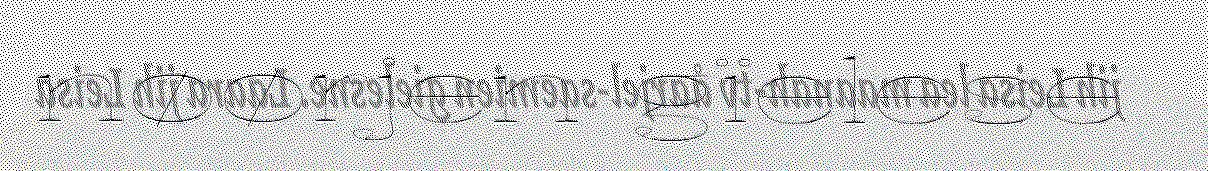
nøørjen gïelese